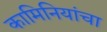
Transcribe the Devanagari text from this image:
कामिनियांचा